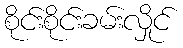
စိုင်းစိုင်းခမ်းလှိုင်